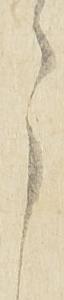
々